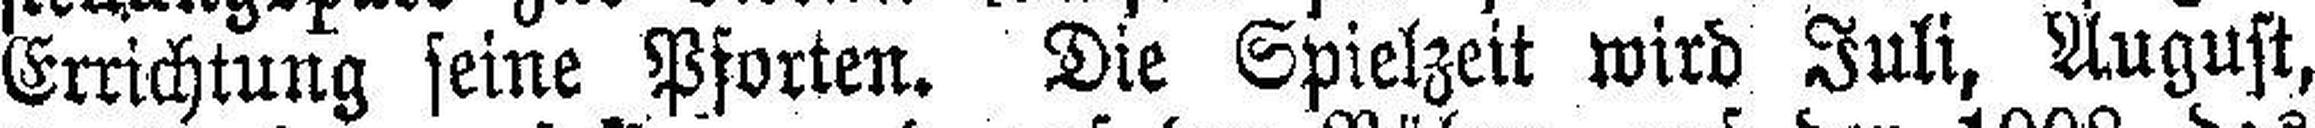
Errichtung seine Pforten. Die Spielzeit wird Juli, August,